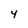
Character: y